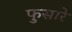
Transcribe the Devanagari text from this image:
फुसारे